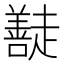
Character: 𭌠